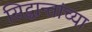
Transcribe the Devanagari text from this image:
सिद्धान्तांच्या